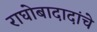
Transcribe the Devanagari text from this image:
राघोबादादांचे